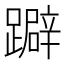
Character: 躃